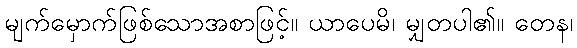
မျက်မှောက်ဖြစ်သောအစာဖြင့်။ ယာပေမိ၊ မျှတပါ၏။ တေန၊